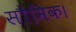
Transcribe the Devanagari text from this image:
सौमिक।